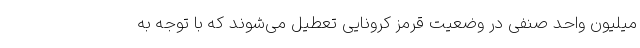
میلیون واحد صنفی در وضعیت قرمز کرونایی تعطیل می‌شوند که با توجه به